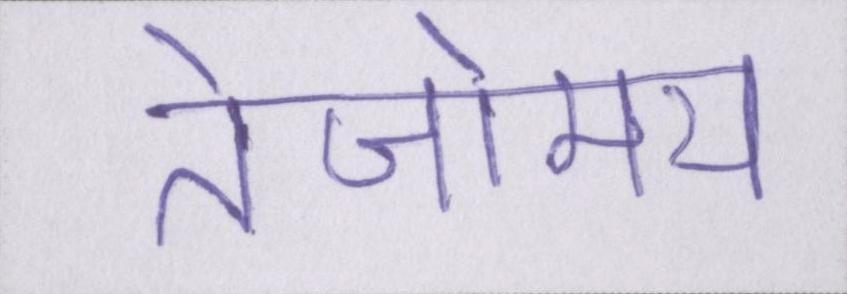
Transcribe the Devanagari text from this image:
तेजोमय